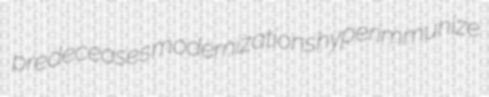
predeceases modernizations hyperimmunize